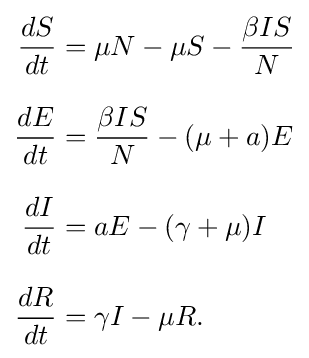
{\begin{aligned}{\frac {dS}{dt}}&=\mu N-\mu S-{\frac {\beta IS}{N}}\\[8pt]{\frac {dE}{dt}}&={\frac {\beta IS}{N}}-(\mu +a)E\\[8pt]{\frac {dI}{dt}}&=aE-(\gamma +\mu )I\\[8pt]{\frac {dR}{dt}}&=\gamma I-\mu R.\end{aligned}}